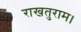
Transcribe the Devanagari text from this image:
राखतुराम।